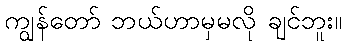
ကျွန်တော် ဘယ်ဟာမှမလို ချင်ဘူး။